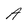
Character: A